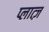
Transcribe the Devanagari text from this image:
प्लात्ज़